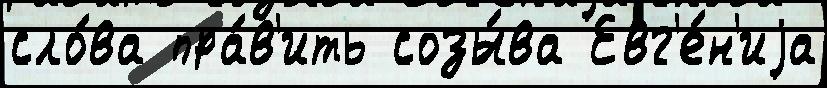
сло́ва пра́в'ить созы́ва Евг'е́н'иjа